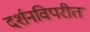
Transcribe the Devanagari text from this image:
दर्शनविपरीत